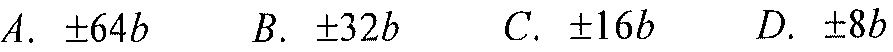
$A.\ \pm64b\ \ \ \ B.\ \pm32b\ \ \ \ C.\ \pm16b\ \ \ \ D.\ \pm8b$